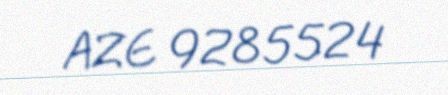
AZE 9285524